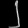
Digit: ၂